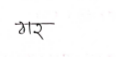
मजकूर: ठार